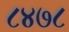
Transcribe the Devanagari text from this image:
८४७८